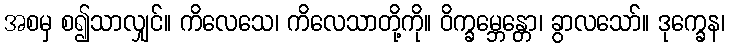
အစမှ စ၍သာလျှင်။ ကိလေသေ၊ ကိလေသာတို့ကို။ ဝိက္ခမ္ဘေန္တော၊ ခွာလသော်။ ဒုက္ခေန၊